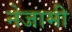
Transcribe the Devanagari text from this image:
नेजामी